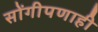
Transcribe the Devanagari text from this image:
सोंगीपणाही